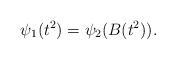
LaTeX: \begin{align*} \psi_1(t^2)=\psi_2(B(t^2)).\end{align*}